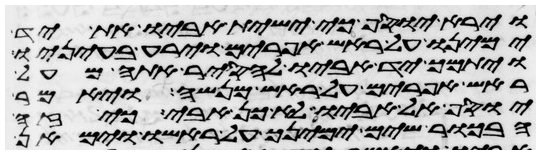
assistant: וירא יוסף כי ישית אביו את יד
ימינו על ראש אפרים וירע בעיניו
ויתמך יד אביו להסיר אתה מעל
ראש אפרים על ראש מנשה ויאמר
יוסף אל אביו לא כן אבי כי זה
הבכור שים ימינך על ראשו וימאן